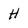
Character: H